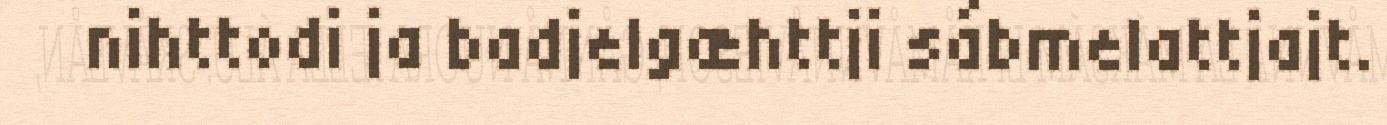
nihttodi ja badjelgæhttji sábmelattjajt.